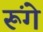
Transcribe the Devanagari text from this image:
रूंगे